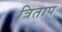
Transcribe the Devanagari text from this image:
त्रिताप